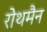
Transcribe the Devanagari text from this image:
रोथमैन